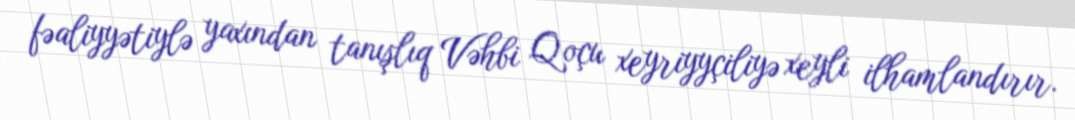
fəaliyyətiylə yaxından tanışlıq Vəhbi Qoçu xeyriyyçiliyə xeyli ilhamlandırır.